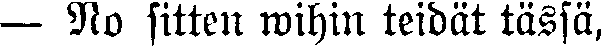
— No sitten mihin teidät tässä,